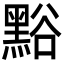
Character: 𪑌